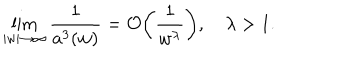
LaTeX: \lim _ { | w | \rightarrow \infty } \frac { 1 } { a ^ { 3 } ( w ) } = { \cal O } \biggl ( \frac { 1 } { w ^ { \lambda } } \biggr ) , \, \, \, \, \, \, \lambda > 1 .